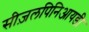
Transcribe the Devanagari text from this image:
सीज़लपिनिआयडी